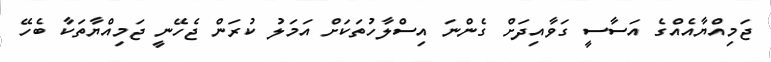
ޖަމިއްޔާއެއްގެ އަސާސީ ގަވާއިދަށް ގެންނަ އިސްލާހުތަކަށް އަމަލު ކުރަން ޖެހޭނީ ޖަމިއްޔާތަކާ ބެހޭ